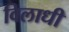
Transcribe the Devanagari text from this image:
विलाधी